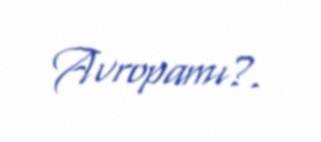
Avropamı?.